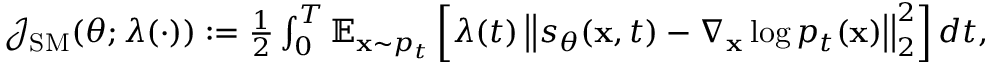
\begin{array} { r } { \mathcal { J } _ { \mathrm { S M } } ( \theta ; \lambda ( \cdot ) ) : = \frac { 1 } { 2 } \int _ { 0 } ^ { T } \mathbb { E } _ { \mathbf { x } \sim p _ { t } } \left[ \lambda ( t ) \left| \left| s _ { \theta } ( \mathbf { x } , t ) - \nabla _ { \mathbf { x } } \log p _ { t } ( \mathbf { x } ) \right| \right| _ { 2 } ^ { 2 } \right] d t , } \end{array}